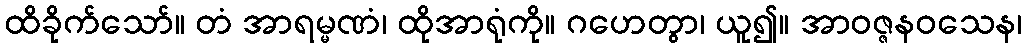
ထိခိုက်သော်။ တံ အာရမ္မဏံ၊ ထိုအာရုံကို။ ဂဟေတွာ၊ ယူ၍။ အာဝဇ္ဇနဝသေန၊